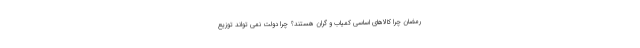
رمضان چرا کالاهای اساسی کمیاب و گران هستند؟ چرا دولت نمی تواند توزیع